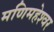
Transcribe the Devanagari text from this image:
मणिमहेश्‍वर